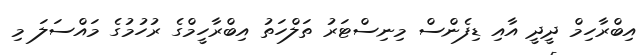
އިބްރާހިމް ދީދީ އާއި ޑިފެންސް މިނިސްޓަރު ތަލްހަތު އިބްރާހީމްގެ ރުހުމުގެ މައްސަލަ މި